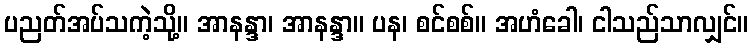
ပညတ်အပ်သကဲ့သို့။ အာနန္ဒာ၊ အာနန္ဒာ။ ပန၊ စင်စစ်။ အဟံခေါ၊ ငါသည်သာလျှင်။